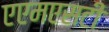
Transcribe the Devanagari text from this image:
एएमएसटी